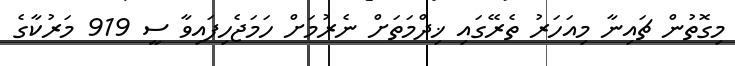
މިގޮތުން ޗައިނާ މިއަހަރު ތެރޭގައި ޚިދްމަތަށް ނެރުމަށް ހަމަޖެހިފައިވާ ސީ 919 މަރުކާގެ